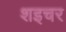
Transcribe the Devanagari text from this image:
शइचर